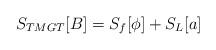
LaTeX: \begin{align*}S_{\tiny TMGT}[B] = S_{\tiny f}[\phi]+ S_{\tiny L}[a]\end{align*}